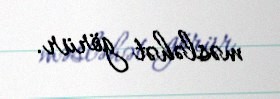
məsləhət görür.